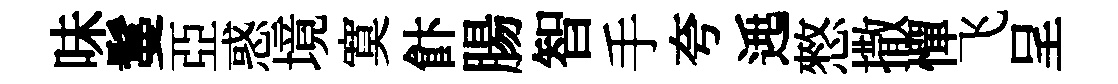
味鬘亞惑境寞飰腸智手夸𨓱憗撒憚飞呈